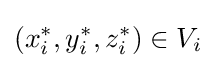
(x_{i}^{*},y_{i}^{*},z_{i}^{*})\in V_{i}